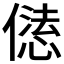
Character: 𠎢